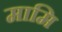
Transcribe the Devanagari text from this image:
मामि